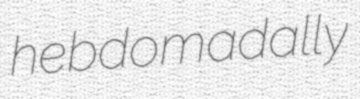
hebdomadally